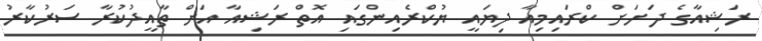
ރަޝިއާގެ ދަށަށް ކްރައިމިއާ ދިޔައީ ޔުކްރެއިންގައި އޮތް ރަޝިއާ އަށް ތާއީދުކުރާ ސަރުކާރު